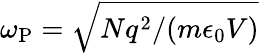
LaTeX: \omega_{\mathrm{P}}=\sqrt{Nq^{2}/(m\epsilon_{0}V)}